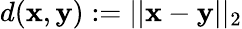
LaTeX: d(\mathbf{x},\mathbf{y}):=||\mathbf{x}-\mathbf{y}||_{2}